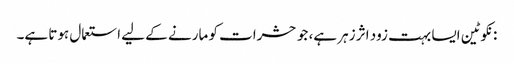
: نکوٹین ایسا بہت زود اثر زہر ہے، جو حشرات کو مارنے کے لیے استعمال ہوتا ہے۔